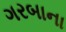
ગરબાના